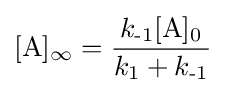
[\mathrm {A} ]_{\infty }={\frac {k_{\text{-1}}[\mathrm {A} ]_{\text{0}}}{k_{\text{1}}+k_{\text{-1}}}}